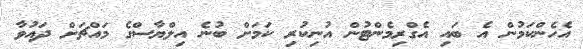
އެހެންކަމުން އެ ބައި އެގްރިމެންޓުން އުނިކުރި ކަމަށް ބުނެ އިލްޔާސްގެ މައްޗަށް ދައުވާ